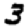
Digit: 3